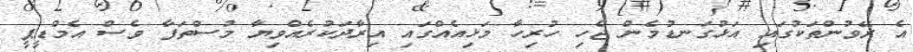
އެ ރޭވުންތަކުގައި އަޅުގަނޑުމެން ޖެހި ހުރިހާ މަޅިއެއްގައި އިރާދަކުރެއްވިޔާ މުސްތަފާ ވެސް އެމްޑީޕީ